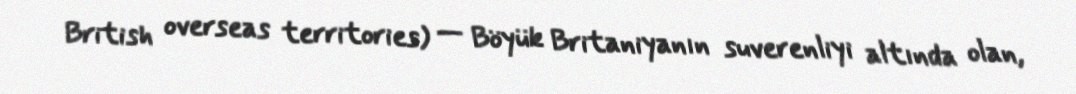
British overseas territories) — Böyük Britaniyanın suverenliyi altında olan,